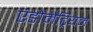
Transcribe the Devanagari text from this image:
एंडोमेट्रियम